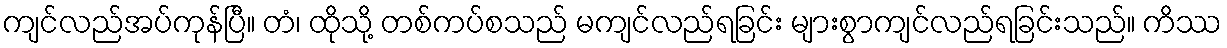
ကျင်လည်အပ်ကုန်ပြီ။ တံ၊ ထိုသို့ တစ်ကပ်စသည် မကျင်လည်ရခြင်း များစွာကျင်လည်ရခြင်းသည်။ ကိဿ